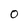
Character: 0